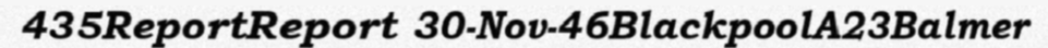
435ReportReport 30-Nov-46BlackpoolA23Balmer